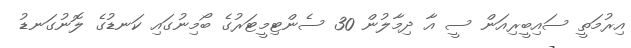
އިރުމަތީ ސައިބީރިއަން ސީ އާ ދިމާލުން 30 ސެންޓިމީޓަރުގެ ބޯމިނުގައި ކަނޑުގެ ލޮނުގަނޑު